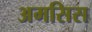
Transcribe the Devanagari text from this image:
अमसिस